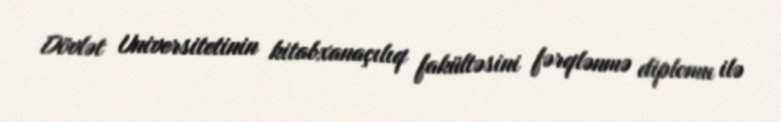
Dövlət Universitetinin kitabxanaçılıq fakültəsini fərqlənmə diplomu ilə